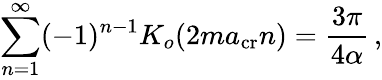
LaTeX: \sum_{n=1}^{\infty}(-1)^{n-1}K_{o}(2ma_{\mathrm{cr}}n)={\frac{3\pi}{4\alpha}}\, ,